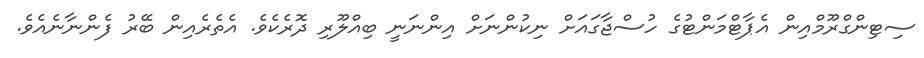
ސިޓިންގްރޫމްއިން އެޕާޓްމަންޓުގެ ހުސްޖާގައަށް ނިކުންނަށް އިންނަނީ ބިއްލޫރި ދޮރެކެވެ. އެތެރެއިން ބޭރު ފެންނާނެއެވެ.